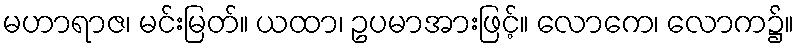
မဟာရာဇ၊ မင်းမြတ်။ ယထာ၊ ဥပမာအားဖြင့်။ လောကေ၊ လောက၌။